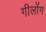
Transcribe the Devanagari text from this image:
गीलोंग